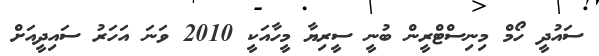
ސައުދީ ހޯމް މިނިސްޓްރީން ބުނީ ސީރިޔާ މީހާއަކީ 2010 ވަނަ އަހަރު ސައިދީއަށް